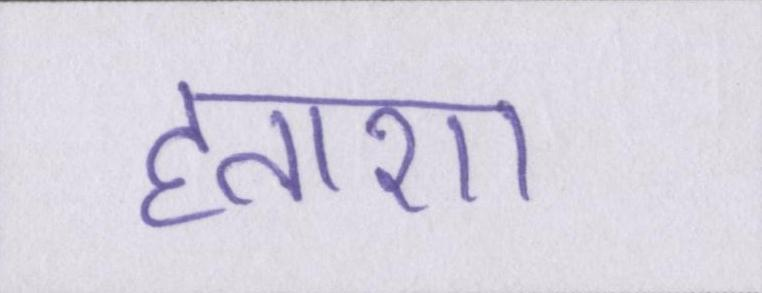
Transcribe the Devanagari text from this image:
हताशा